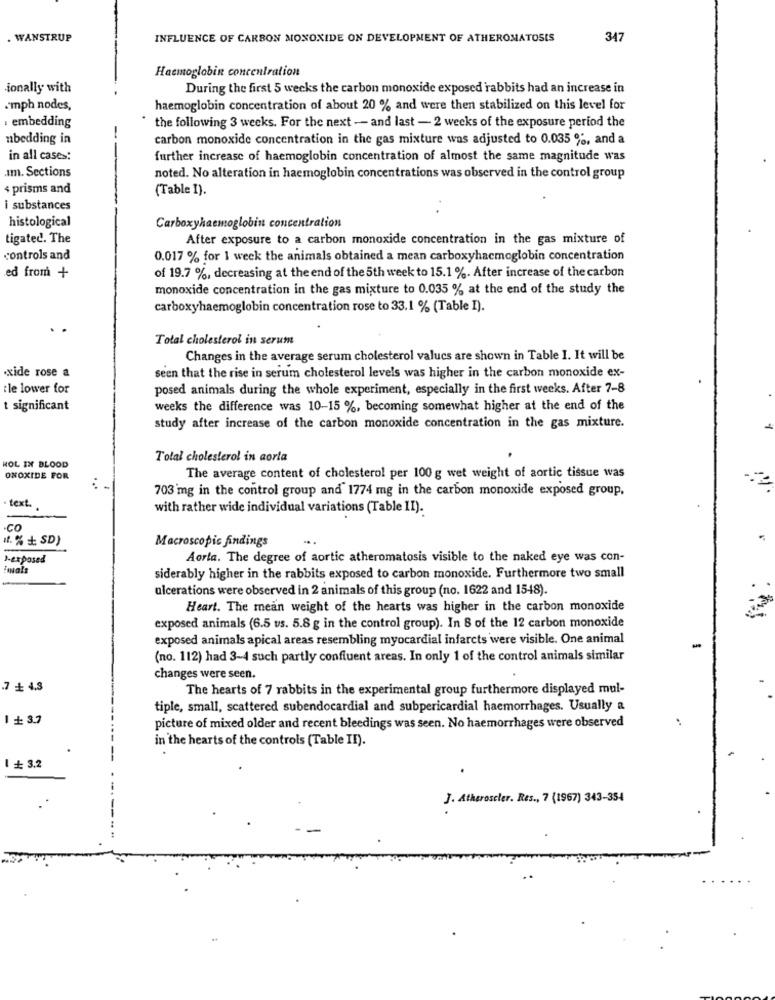
. WANSTRUP
INFLUENCE OF CARBON MONOXIDE ON DEVELOPMENT OF ATHEROMATOSIS
347
Haemoglobin concentration
-ionally with
During the first 5 weeks the carbon monoxide exposed rabbits had an increase in
.mph nodes,
haemoglobin concentration of about 20 % and were then stabilized on this level for
. embedding
the following 3 weeks. For the next -- and last - 2 weeks of the exposure period the
nbedding in
carbon monoxide concentration in the gas mixture was adjusted to 0.035 %, and a
in all cases:
further increase of haemoglobin concentration of almost the same magnitude was
.Im. Sections
noted. No alteration in haemoglobin concentrations was observed in the control group
« prisms and
(Table I).
i substances
histological
Carboxyhaemoglobin concentration
tigated. The
After exposure to a carbon monoxide concentration in the gas mixture of
controls and
0.017 % for 1 weck the animals obtained a mean carboxyhaemoglobin concentration
ed from +
of 19.7 %, decreasing at the end of the 5th week to 15.1 %. After increase of the carbon
monoxide concentration in the gas mixture to 0.035 % at the end of the study the
carboxyhaemoglobin concentration rose to 33.1 % (Table I).
Total cholesterol in serum
Changes in the average serum cholesterol values are shown in Table I. It will be
.xide rose a
seen that the rise in serum cholesterol levels was higher in the carbon monoxide ex-
ile lower for
posed animals during the whole experiment, especially in the first weeks. After 7-8
t significant
weeks the difference was 10-15 %, becoming somewhat higher at the end of the
study after increase of the carbon monoxide concentration in the gas mixture.
Total cholesterol in aorta
HOL IN BLOOD
ONOXIDE FOR
The average content of cholesterol per 100 g wet weight of aortic tissue was
703'mg in the control group and 1774 mg in the carbon monoxide exposed group,
. text.
with rather wide individual variations (Table II).
-co
". % + SD)
Macroscopic findings
J-exposed
Aorta. The degree of aortic atheromatosis visible to the naked eye was con-
siderably higher in the rabbits exposed to carbon monoxide. Furthermore two small
ulcerations were observed in 2 animals of this group (no. 1622 and 1548).
Heart. The mean weight of the hearts was higher in the carbon monoxide
exposed animals (6.5 vs. 5.8 g in the control group). In 8 of the 12 carbon monoxide
exposed animals apical areas resembling myocardial infarcts were visible. One animal
(no. 112) had 3-4 such partly confluent areas. In only 1 of the control animals similar
changes were seen.
.7 + 4,3
The hearts of 7 rabbits in the experimental group furthermore displayed mul-
tiple, small, scattered subendocardial and subpericardial haemorrhages. Usually a
1 : 3.7
picture of mixed older and recent bleedings was seen. No haemorrhages were observed
in the hearts of the controls (Table II).
1 # 3.2
J. Atheroscler. Res ., 7 (1967) 343-354